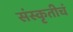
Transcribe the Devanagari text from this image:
संस्कृतीचं